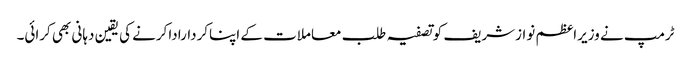
ٹرمپ نے وزیراعظم نوازشریف کوتصفیہ طلب معاملات کے اپناکرداراداکرنے کی یقین دہانی بھی کرائی۔